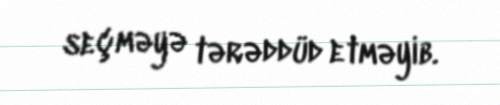
seçməyə tərəddüd etməyib.